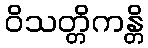
ဝိသတ္တိကန္တိ